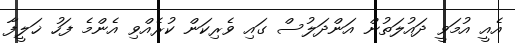
އެއީ އުމަވީ ދައުލަތުން އަންދަލުސް ގައި ވެރިކަން ކުރެއްވި އެންމެ ފަހު ޚަލީފާ